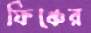
ফিঞ্চের